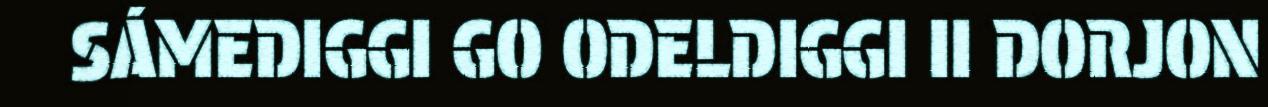
SÁMEDIGGI GO ODELDIGGI II DORJON